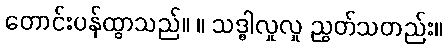
တောင်းပန်ထွာသည်။ ။ သဒ္ဓါလှုလှု ညွတ်သတည်း။